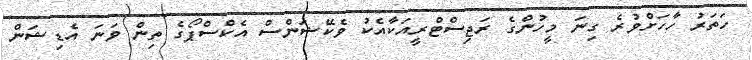
ހަތަރު ހާހަށްވުރެ ގިނަ މީހުންގެ ރަޖިސްޓްރީއަކާއެކު ވެކޭޝަންސް އެކްސްޕޯގެ ތިން ވަނަ އެޑިޝަން